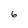
Character: 6